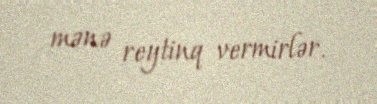
mənə reytinq vermirlər.